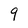
Character: 9